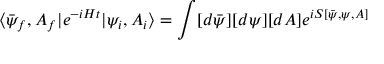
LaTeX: \langle \bar { \psi } _ { f } , A _ { f } | e ^ { - i H t } | \psi _ { i } , A _ { i } \rangle = \int [ d \bar { \psi } ] [ d \psi ] [ d A ] e ^ { i S [ \bar { \psi } , \psi , A ] }